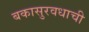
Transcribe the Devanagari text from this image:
बकासुरवधाची